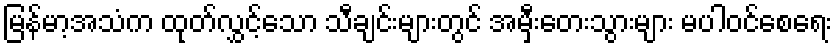
မြန်မာ့အသံက ထုတ်လွှင့်သော သီချင်းများတွင် အမှီးတေးသွားများ မပါဝင်စေရေး